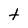
Character: t